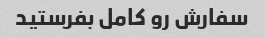
سفارش رو کامل بفرستید